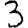
Digit: 3